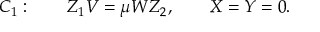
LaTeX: C _ { 1 } : \qquad Z _ { 1 } V = \mu W Z _ { 2 } , \qquad X = Y = 0 .